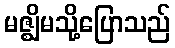
မဇ္ဈိမသို့ပြောသည်